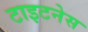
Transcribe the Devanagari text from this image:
टाइटनेस